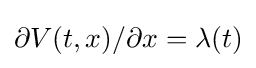
\partial V(t,x)/\partial x=\lambda (t)